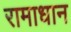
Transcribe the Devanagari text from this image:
रामाधान